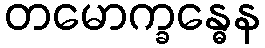
တမောက္ခန္ဓေန